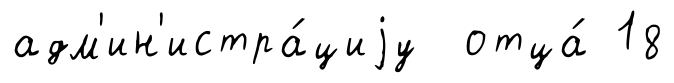
адм'ин'истра́циjу отца́ 18